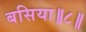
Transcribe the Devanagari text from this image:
बसिया॥८॥